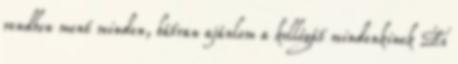
rendben ment minden, bátran ajánlom a kollégát mindenkinek És